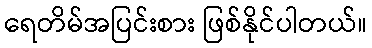
ရေတိမ်အပြင်းစား ဖြစ်နိုင်ပါတယ်။